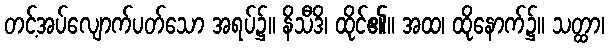
တင့်အပ်လျောက်ပတ်သော အရပ်၌။ နိသီဒိ၊ ထိုင်၏။ အထ၊ ထိုနောက်၌။ သတ္ထာ၊